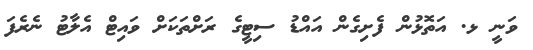
ވަނީ ޅ. އަތޮޅުން ފެށިގެން އައްޑު ސިޓީގެ ރަށްތަކަށް ވައިޓް އެލާޓު ނެރެފަ